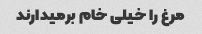
مرغ را خیلی خام برمیدارند